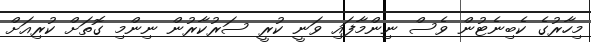
މިހާރުގެ ކެބިނެޓުން ވެސް ނިންމާފައި ވަނީ ކުރީ ސަރުކާރުން ނިންމި ގޮތަށް ކުރިއަށް